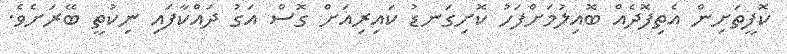
ކޮފީތަށިން އެތިފޮދެއް ބޮއިލުމަށްފަހު ކޮށިގަނޑު ކައިރިއަށް ގޮސް އަގު ދައްކާފައި ނިކުތީ ބޭރަށެވެ.